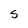
Character: S